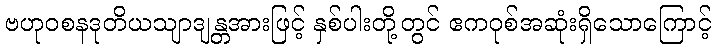
ဗဟုဝစနဒုတိယသျာဒျန္တအားဖြင့် နှစ်ပါးတို့တွင် ဧကဝုစ်အဆုံးရှိသောကြောင့်